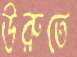
উরুতে